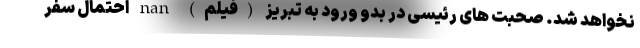
نخواهد شد. صحبت های رئیسی در بدو ورود به تبریز (فیلم) nan احتمال سفر